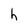
Character: h